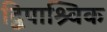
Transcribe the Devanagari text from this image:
द्विपाश्र्विक